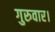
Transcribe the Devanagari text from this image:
गुरुवार।